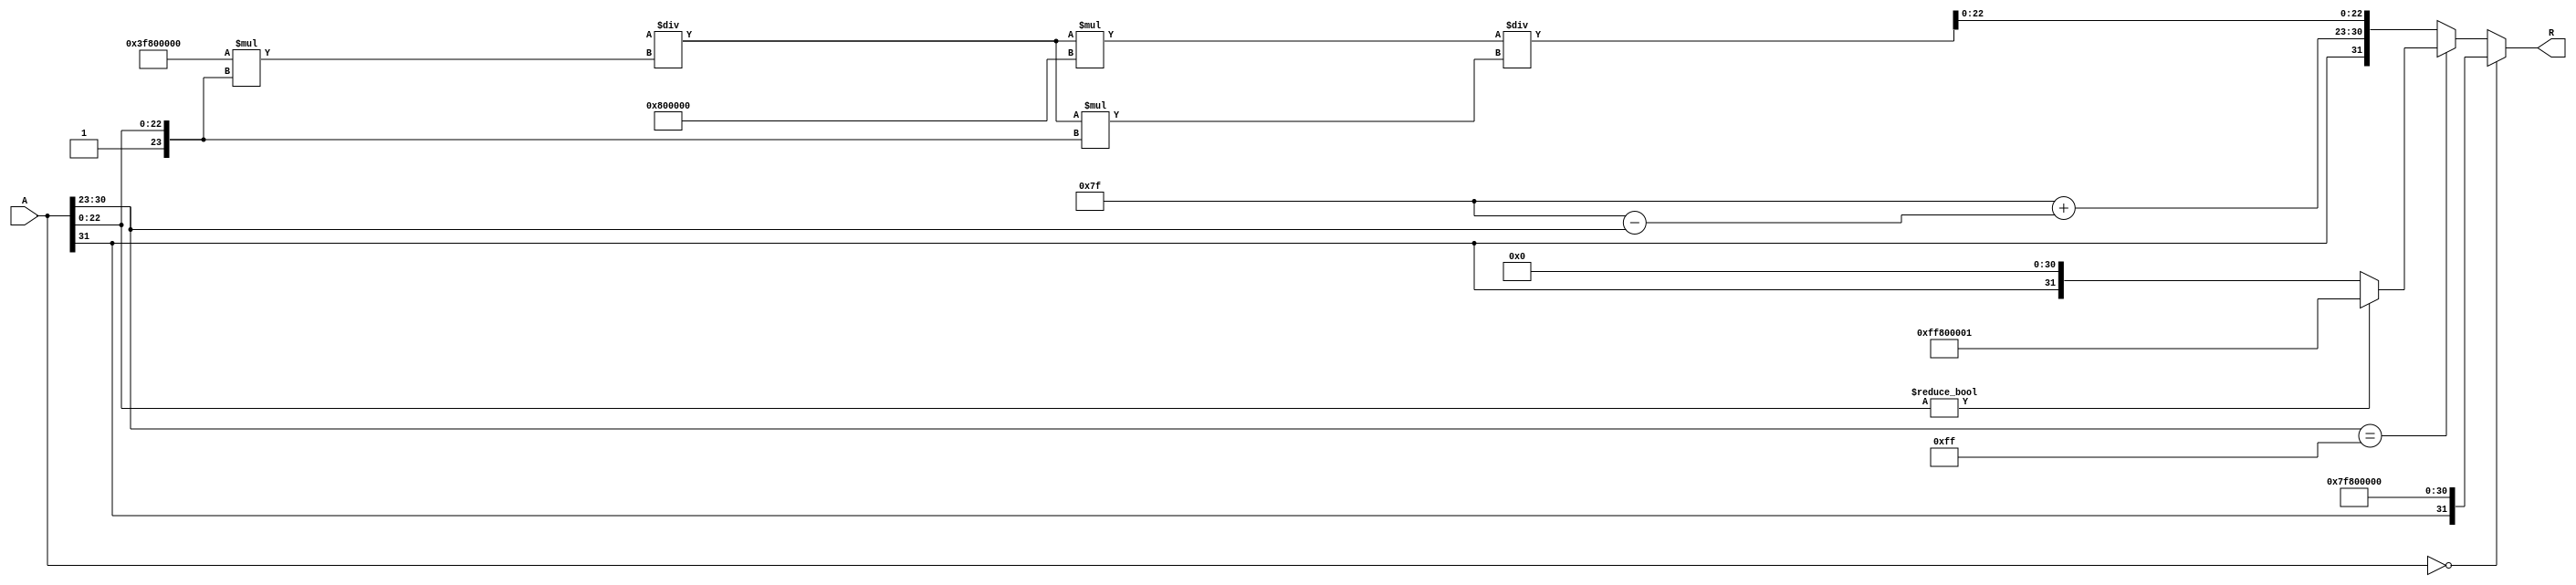
module floating_point_reciprocal (
    input  [31:0] A, // Input: 32-bit IEEE 754 floating-point number
    output reg [31:0] R // Output: 32-bit IEEE 754 reciprocal
);

    // Internal signals
    reg [7:0] E_A; // Exponent of input A
    reg [22:0] M_A; // Mantissa of input A
    reg S_A; // Sign of input A
    reg [7:0] E_R; // Exponent of result R
    reg [22:0] M_R; // Mantissa of result R
    reg S_R; // Sign of result R
    reg [31:0] approx; // Initial approximation of reciprocal
    reg [31:0] temp; // Temporary variable for calculations
    reg [7:0] exp_diff; // Difference in exponent
    reg [23:0] mantissa; // Normalized mantissa

    always @(*) begin
        // Decompose the input
        S_A = A[31];
        E_A = A[30:23];
        M_A = A[22:0];

        // Handle special cases
        if (A == 32'b0) begin
            // If A is zero, output should be infinity with the same sign
            R = {S_A, 8'hFF, 23'b0}; // Infinity
        end else if (E_A == 8'hFF) begin
            // If A is NaN or infinity
            if (M_A != 23'b0) begin
                // A is NaN, propagate NaN
                R = {1'b1, 8'hFF, 23'b1}; // NaN
            end else begin
                // A is infinity, output should be zero with the same sign
                R = {S_A, 8'b0, 23'b0}; // Zero
            end
        end else begin
            // Normal case: Calculate the reciprocal
            // Normalize the mantissa
            mantissa = {1'b1, M_A}; // 1.M_A
            exp_diff = 127 - E_A; // Calculate exponent difference
            approx = {1'b0, 8'h7F, 23'b0}; // Initial approximation (1.0)

            // Newton-Raphson iteration for reciprocal
            // First iteration: approx = 1 / (1.M_A)
            temp = approx * mantissa; // Multiply approx by mantissa
            approx = approx * (2**23) / temp; // Update approx

            // Second iteration (optional for better accuracy)
            temp = approx * mantissa;
            approx = approx * (2**23) / temp; // Update approx again

            // Reconstruct the result
            S_R = S_A; // Sign remains the same
            E_R = 127 + exp_diff; // Adjust exponent for reciprocal
            M_R = approx[22:0]; // Mantissa from approximation

            // Combine to form the final result
            R = {S_R, E_R, M_R};
        end
    end
endmodule